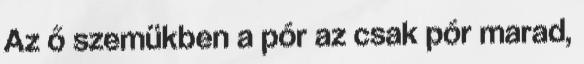
Az ő szemükben a pór az csak pór marad,